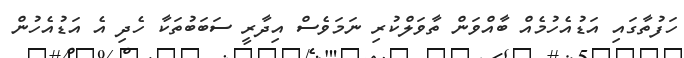
ހަފުތާގައި އަޑުއެހުމެއް ބާއްވަން ތާވަލްކުރި ނަމަވެސް އިދާރީ ސަބަބުތަކާ ހެދި އެ އަޑުއެހުން